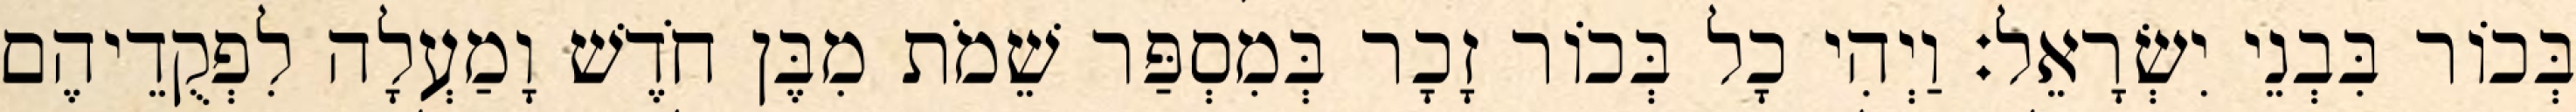
בְּכוֹר בִּבְנֵי יִשְׂרָאֵל׃ וַיְהִי כָל בְּכוֹר זָכָר בְּמִסְפַּר שֵׁמֹת מִבֶּן חֹדֶשׁ וָמַעְלָה לִפְקֻדֵיהֶם